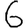
Digit: 6